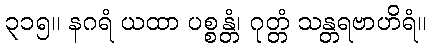
၃၁၅။ နဂရံ ယထာ ပစ္စန္တံ၊ ဂုတ္တံ သန္တရဗာဟိရံ။